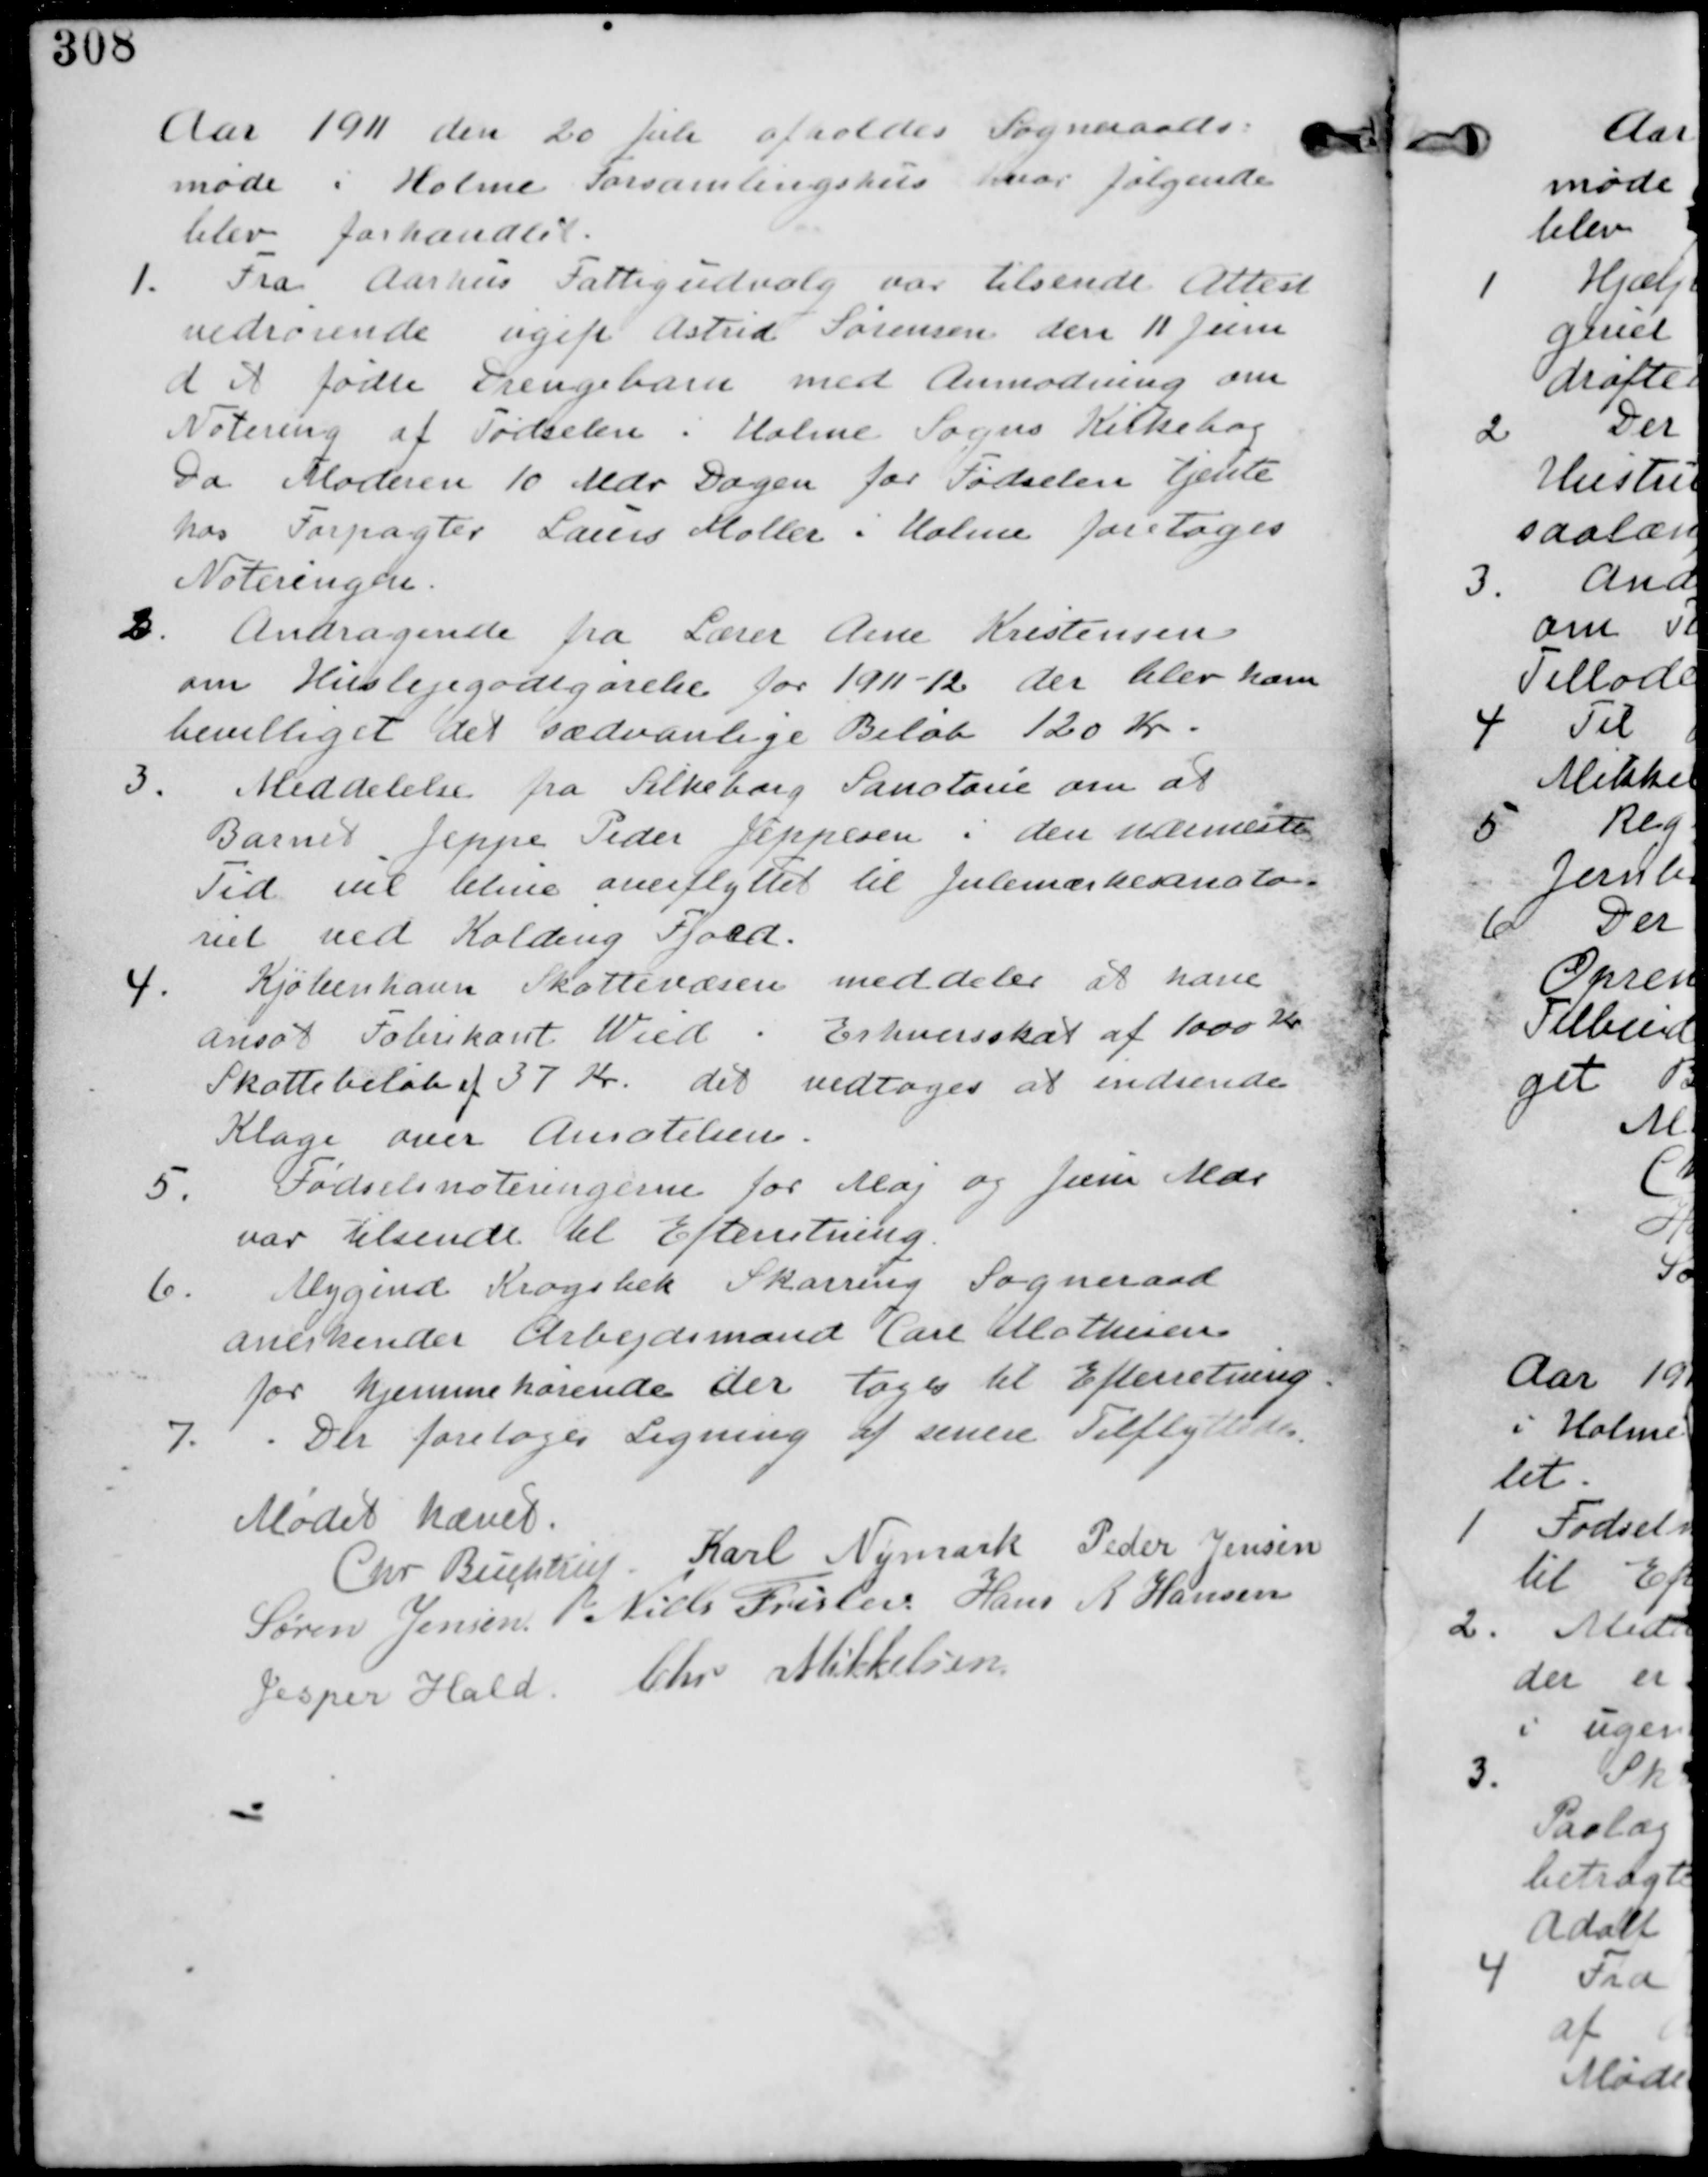
Transskription:
Aar 1911 den 20 Juli afholdes Sogneraads-
møde i Holme Forsamlingshus hvor følgende
blev forhandlet.

1. Fra Aarhus Fattigudvalg var tilsendt Attest
vedrørende ugift Astrid Sørensen den 11 Juni
d. A. fødte Drengebarn med Anmodning om
Notering af Fødselen i Holme Sogns Kirkebog.
Da Moderen 10 Mdr dagen for fødselen tjente
hos Forpagter Lauris Møller i Holme foretages
Noteringen

2. Andragende fra Lærer Arne Kristensen
om Huslejegodtgørelse for 1911-12 der blev ham
bevilliget det sædvanlige Beløb 120 Kr

3. Meddelelse fra Silkeborg Sanatorie om at
Barnet Jeppe Peder Jeppesen i den nærmeste
Tid vil blive overflyttet til Julemærkesanato-
riet ved Kolding Fjord.

4. Kjøbenhavn Skattevæsen meddeler at have
ansat Fabrikant Wied i Erhvervsskat af 1000 Kr
Skattebeløb af 37 Kr. det vedtages at indsende
Klage over Ansætelsen.

5.
Fødselsnoteringerne for Maj og Juni Mdr
var tilsendt til Efterretning.

6. Mygind Krogsbek Skarring Sogneraad
anerkender Arbejdsmand Carl Mathiesen
for hjemmehørende der tages til Efterretning

7.
Der foretages ligning af senere Tilflyttede.

Mødet hævet
Chr Buchtrup Karl Nymark Peder Jensen
Søren Jensen Niels Frislev Hans R Hansen
Jesper Hald Chr Mikkelsen